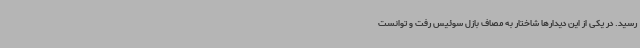
رسید. در یکی از این دیدارها شاختار به مصاف بازل سوئیس رفت و توانست